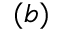
( b )